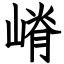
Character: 嵴